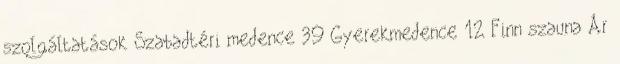
szolgáltatások Szabadtéri medence 39 Gyerekmedence 12 Finn szauna Ár